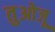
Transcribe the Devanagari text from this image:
तुओजू